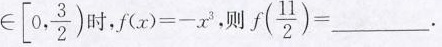
\in \left[0, \frac{3}{2}) 时，$$f(x)=-x^{3}$$，则 $$f(\frac{11}{2})=___$$.